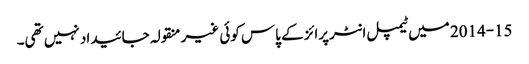
2014-15 میں ٹیمپل انٹرپرائز کے پاس کوئی غیر منقولہ جائیداد نہیں تھی۔